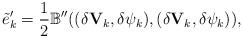
LaTeX: \begin{align*}\tilde{e}'_k=\frac{1}{2}\mathbb{B}''((\delta {\mathbf V}_k,\delta\psi_k),(\delta {\mathbf V}_k,\delta\psi_k)),\end{align*}